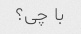
با چی؟